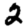
Digit: 2